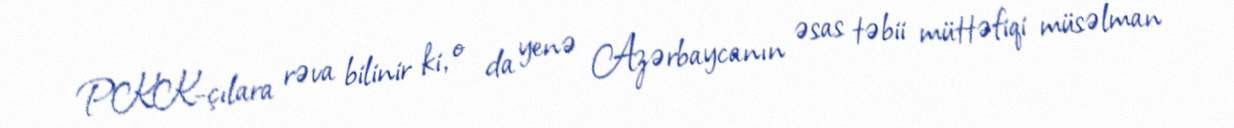
PKK-çılara rəva bilinir ki, o da yenə Azərbaycanın əsas təbii müttəfiqi müsəlman